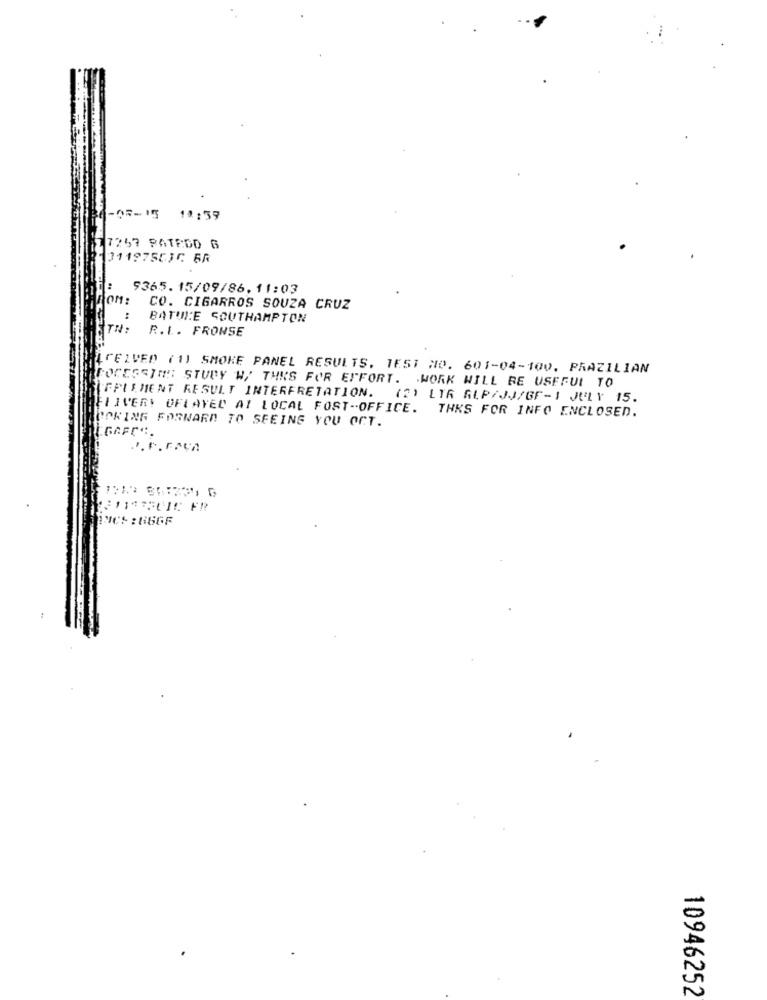
-07-15 18:59
7257 PATROD G
1311975536 6A
5365.15/09/86. 11:03
TOM:
CO. CIGARROS SOUZA CRUZ
BATULE SOUTHAMPTON
TN:
R.L. FRONSE
LCEIVED (1) SMOKE PANEL RESULTS. TEST NO. 601-04-100. PRAZILIAN
TOCESSIMS STUDY W, THIS FOR EFFORT. WORK WILL BE USEFUL TO
IFPLEMENT RESULT INTERFRETATION. (2) LIR ALP/JJ/GF-1 JULY 15.
FIIVERY OFLAVED AI LOCAL FOST-OFFICE. THKS FOR INFO ENCLOSED.
LOOKING FORWARD TO SEEING YOU OCT.
ENCS :666F
10946252